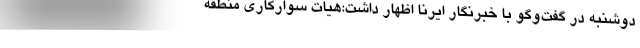
دوشنبه در گفت‌وگو با خبرنگار ایرنا اظهار داشت:هیات سوارکاری منطقه